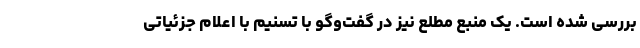
بررسی شده است. یک منبع مطلع نیز در گفت‌وگو با تسنیم با اعلام جزئیاتی